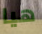
هيا